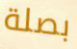
بصلة